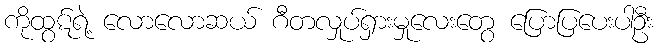
ကိုထွဋ်ရဲ့ လောလောဆယ် ဂီတလှုပ်ရှားမှုလေးတွေ ပြောပြပေးပါဦး